Vaccination in Bombay 1889-1901 - 1889-1901
Year: 1889
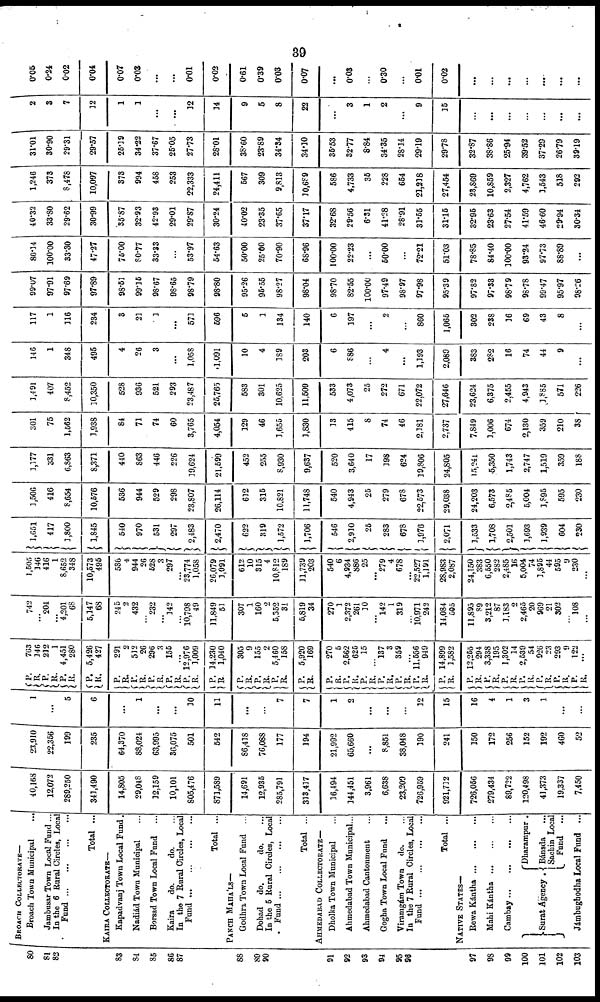
39
80
81
82
83
84
85
86
87
88
89
90
91
92
93
94
95
96
97
98
99
100
101
102
103
BROACH COLLECTORATE—
Broach Town Municipal
...
Jambusar Town Local Fund ...
In the 6 Rural Circles, Local
Fund ... ... ... ...
Total ...
KAIRA COLLECTORATE—
Kapadvanj Town Local Fund.
Nadiád Town Municipal ...
Borsad Town Local Fund ...
Kaira
do.
do. ...
In the 7 Rural Circles, Local
Fund ... ... ... ...
Total ...
PANCH MAHÁLS—
Godhra Town Local Fund
...
Dohad
do.
do. ...
In the 5 Rural Circles, Local
Fund ... ... ... ...
Total ...
AHMEDABAD COLLECTORATE—
Dholka Town Municipal ...
Ahmedabad Town Municipal...
Ahmedabad Cantonment ...
Gogha Town Local Fund ...
Viramgám Town
do. ...
In the 7 Rural Circles, Local
Fund ... ... ... ...
Total ...
NATIVE STATES—
Rewa Kántha
...
...
...
Mahi Kántha
...
...
...
Cambay
...
...
...
...
Surat Agency .
Dharampur .
Bánsda ...
Sachin Local
Fund ...
Jámbughodha Local Fund
...
40,168
12,072
289,250
341,490
14,805
29,048
12,159
10,101
805,476
871,589
14,691
12,935
285,791
313,417
16,494
144,451
3,961
6,638
23,209
726,959
921,712
726,056
279,434
89,722
120,498
41,373
19,337
7,450
23,910
22,356
199
235
64,370
88,024
63,995
36,075
501
542
86,418
76,088
177
194
21,992
65,660
...
8,851
38,048
190
241
150
172
256
152
192
460
52
1
...
5
6
...
1
...
...
10
11
...
...
7
7
1
2
...
...
...
12
15
16
4
1
3
1
...
...
P.
R.
P.
R.
P.
R.
P.
R.
P.
R.
P.
R.
P.
R.
P.
R.
P.
R.
P.
R.
P.
R. P.
R.
P.
R.
P.
R.
P.
R.
P.
R. P.
R.
P.
R.
P.
R.
P.
R.
P.
R.
P.
R.
P.
R.
P.
R.
P.
R.
P.
R.
P.
R.
P.
R.
763
146
212
1
4,451
280
5,426
427
291
2
512
26
296
3
155
...
12,976
1,009
14,230
1,040
305
9
155
2
5,460
158
5,920
169
270
5
2,562
625
15
...
137
3
359
...
11,556
949
14,899
1,582
12,255
294
3,338
195
1,302
14
2,539
54
926
23
293
9
122
...
742
...
204
...
4,201
68
5,147
68
245
2
432
...
232
...
142
...
10,798
49
11,849
51
307
1
160
2
5,352
31
5,819
34
270
1
2,372
261
10
...
142
1
319
...
10,971
242
14,084
505
11,895
89
3,212
87
1,183
2
2,465
20
969
21
302
...
108
...
1,505
146
416
1
8,652
348
10,573
495
536
4
944
26
528
3
297
...
23,774
1,058
26,079
1,091
612
10
315
4
10,812
189
11,739
203
540
6
4,934
886
25
...
279
4
678
...
22,527
1,191
28,983
2,087
24,150
383
6,550
282
2,485
16
5,004
74
1,895
44
595
9
230
...
1,651
417
1,800
1,845
540
970
531
297
2,483
2,470
622
319
1,572
1,706
546
2,910
25
283
678
1,976
2,071
1,533
1,708
2,501
1,693
1,939
604
230
1,506
416
8,654
10,576
536
944
529
298
23,807
26,114
612
315
10,821
11,748
540
4,943
25
279
678
22,573
29,038
24,203
6,573
2,485
5,004
1,895
595
230
1,177
331
6,863
8,371
440
863
446
226
19,624
21,599
452
255
8,930
9,637
520
3,640
17
198
624
19,806
24,805
15,241
5,350
1,743
2,747
1,519
359
188
301
75
1,562
1,938
84
71
74
60
3,765
4,054
129
46
1,655
1,830
13
415
8
74
46
2,181
2,737
7,849
1,006
674
2,130
359
210
38
1,491
407
8,452
10,350
528
936
521
293
23,487
25,765
583
301
10,625
11,509
533
4,073
25
272
671
22,072
27,646
23,624
6,375
2,455
4,943
3,885
571
226
146
1
348
495
4
26
3
...
1,058
1,091
10
4
189
203
6
886
...
4
...
1,193
2,089
383
282
16
74
44
9
...
117
1
116
234
3
21
1
...
571
596
5
1
134
140
6
197
...
2
...
860
1,065
302
238
16
69
43
8
...
99.07
97.91
97.69
97.89
98.51
99.15
98.67
98.65
98.79
98.80
95.26
95.55
98.27
98.04
98.70
82.55
100.00
97.49
98.97
97.98
95.39
97.82
97.33
98.79
98.78
99.47
95.97
98.26
80.14
100.00
33.30
47.27
75.00
80.77
33.33
...
53.97
54.63
50.00
25.00
70.90
68.96
100.00
22.23
...
50.00
...
72.21
51.03
78.85
84.40
100.00
93.24
97.73
88.89
...
40.32
33.80
29.62
30.99
35.87
32.93
42.93
29.01
29.87
30.24
40.02
23.35
37.65
37.17
32.68
29.56
6.31
41.28
28.91
31.55
31.15
32.95
23.63
27.54
41.59
46.60
29.94
30.34
1,246
373
8,478
10,097
373
994
458
253
22,333
24,411
567
309
9,813
10,689
586
4,733
35
228
654
21,218
27,454
23,869
10,859
2,327
4,762
1,543
518
292
31.01
30.90
29.31
29.57
25.19
34.22
37.67
25.05
27.73
28.01
38.60
23.89
34.34
34.10
35.53
32.77
8.84
34.35
28.14
29.19
29.78
32.87
38.86
25.94
39.52
37.29
26.79
39.19
2
3
7
12
1
1
...
...
12
14
9
5
8
22
...
3
1
2
...
9
15
...
...
...
...
...
...
...
0.05
0.24
0.02
0.04
0.07
0.03
...
...
0.01
0.02
0.61
0.39
0.03
0.07
...
0.03
...
0.30
...
0.01
0.02
...
...
...
...
...
...
...